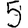
Digit: 5